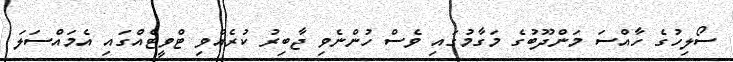
ސޯލިހުގެ ހާއްސަ މަންދޫބުގެ މަގާމުގައި ވެސް ހުންނެވި ޖާބިރު ކުރެއްވި ޓްވީޓެއްގައި އެމައްސަލަ